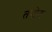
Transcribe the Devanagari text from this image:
तपोट